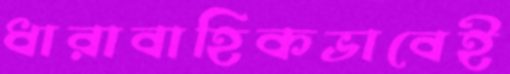
ধারাবাহিকভাবেই